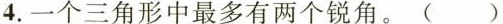
4.一个三角形中最多有两个锐角。()